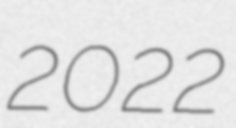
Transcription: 2022